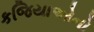
કજિયાઓનો